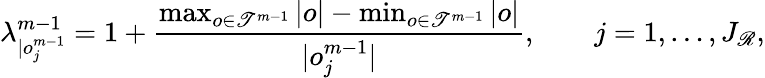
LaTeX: \lambda_{|o_{j}^{m-1}}^{m-1}=1+\frac{\operatorname*{max}_{o\in\mathscr{T}^{m-1}}|o|-\operatorname*{min}_{o\in\mathscr{T}^{m-1}}|o|}{|o_{j}^{m-1}|},\qquad j=1,\ldots,J_{\mathscr{R}},